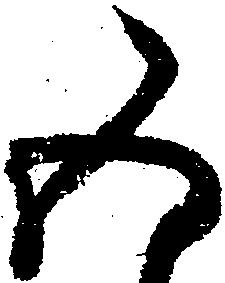
五